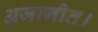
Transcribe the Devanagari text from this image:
अजागीत।